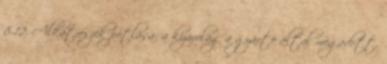
8.12. Alkatrészek pótlása: a kizárólag a gyártó által megadott,